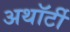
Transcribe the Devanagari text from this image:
अथॉर्टी